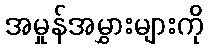
အမှုန်အမွှားများကို